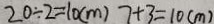
2 0 \div 2 = 1 0 ( m ) 7 + 3 = 1 0 ( m )